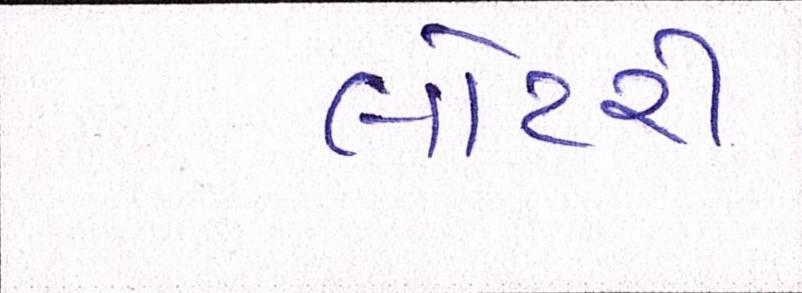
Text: લોટરી